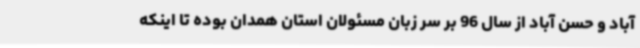
آباد و حسن آباد از سال 96 بر سر زبان مسئولان استان همدان بوده تا اینکه